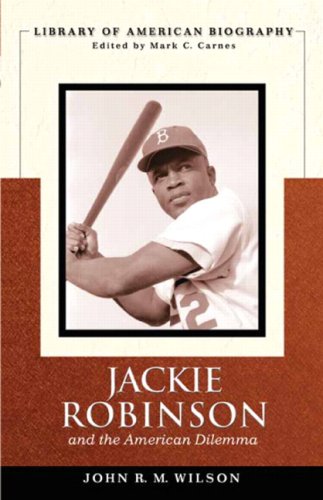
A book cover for Jackie Robinson and the American Dilemma (Library of American Biography); John R.M. Wilson; Biographies & Memoirs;